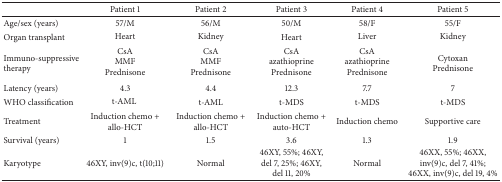
<table><thead><tr><td><b> </b></td><td><b>Patient 1</b></td><td><b>Patient 2</b></td><td><b>Patient 3</b></td><td><b>Patient 4</b></td><td><b>Patient 5</b></td></tr></thead><tbody><tr><td>Age/sex (years)</td><td>57/M</td><td>56/M</td><td>50/M</td><td>58/F</td><td>55/F</td></tr><tr><td>Organ transplant</td><td>Heart</td><td>Kidney</td><td>Heart</td><td>Liver</td><td>Kidney</td></tr><tr><td>Immuno-suppressive therapy</td><td>CsAMMFPrednisone</td><td>CsAMMFPrednisone</td><td>CsAazathioprine Prednisone</td><td>CsAazathioprine Prednisone</td><td>CytoxanPrednisone</td></tr><tr><td>Latency (years)</td><td>4.3</td><td>4.4</td><td>12.3</td><td>7.7</td><td>7</td></tr><tr><td>WHO classification</td><td>t-AML </td><td>t-AML</td><td>t-MDS</td><td>t-MDS</td><td>t-MDS</td></tr><tr><td>Treatment</td><td>Induction chemo + allo-HCT</td><td>Induction chemo + allo-HCT</td><td>Induction chemo + auto-HCT</td><td>Induction chemo</td><td>Supportive care</td></tr><tr><td>Survival (years)</td><td>1</td><td>1.5</td><td>3.6</td><td>1.3</td><td>1.9</td></tr><tr><td>Karyotype</td><td>46XY, inv(9)c, t(10;11)</td><td>Normal</td><td>46XY, 55%; 46XY, del 7, 25%; 46XY, del 11, 20%</td><td>Normal</td><td>46XX, 55%; 46XX, inv(9)c, del 7, 41%; 46XX, inv(9)c, del 19, 4%</td></tr></tbody></table>